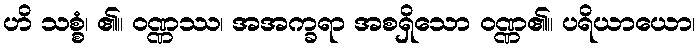
ဟိ သစ္စံ၊ ၏။ ဝဏ္ဏဿ၊ အအက္ခရာ အစရှိသော ဝဏ္ဏ၏။ ပရိယာယော၊